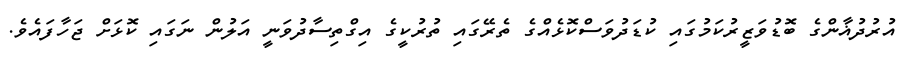
އުރުދުޣާންގެ ބޮޑުވަޒީރުކަމުގައި ކުޑަދުވަސްކޮޅެއްގެ ތެރޭގައި ތުރުކީގެ އިގްތިސާދުވަނީ އަލުން ނަގައި ކޮޅަށް ޖަހާފައެވެ.